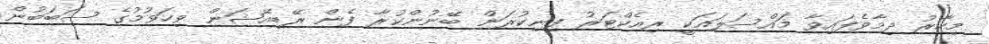
މިހާރު ދިމާވެފައިވާ މައްސަލައަކީ ރިއެކްޓަރު ފިނިކުރަން ބޭނުންކުރާ ފެން ރޭޑިއޭޝަން ވިހަވުމުގެ ސަބަބުން